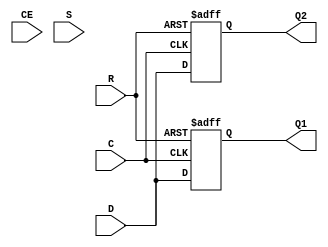
//Simulation version of Xilinx IDDR
//Simulates TYPE = OPPOSITE_EDGE
module sim_ddr(
   output Q1, Q2,
   input  C,CE,D,R,S
);

   reg [1:0] Qi;

   always@(posedge C or posedge R) begin
      if (R) begin
         Qi[0] <= 1'b0;
      end
      else begin
         Qi[0] <= D;
      end
   end

   always@(negedge C or posedge R) begin
      if (R) begin
         Qi[1] <= 1'b0;
      end
      else begin
         Qi[1] <= D;
      end
   end

   assign Q1 = Qi[0];
   assign Q2 = Qi[1];

endmodule